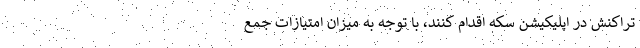
تراکنش در اپلیکیشن سکه اقدام کنند، با توجه به میزان امتیازات جمع‌